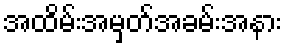
အထိမ်းအမှတ်အခမ်းအနား